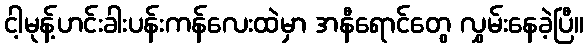
ငါ့မုန့်ဟင်းခါးပန်းကန်လေးထဲမှာ အနီရောင်တွေ လွှမ်းနေခဲ့ပြီ။